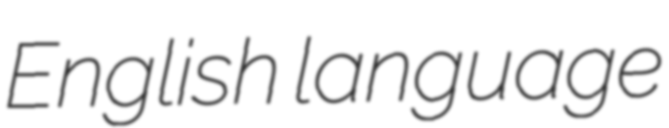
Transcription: English language